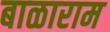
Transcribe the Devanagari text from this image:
बाळाराम